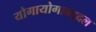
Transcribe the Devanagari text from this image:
योगायोगाबद्दल